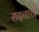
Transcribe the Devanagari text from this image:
सदनाचा